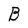
Character: B